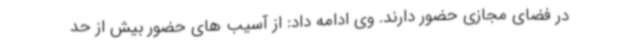
در فضای مجازی حضور دارند. وی ادامه داد: از آسیب های حضور بیش از حد